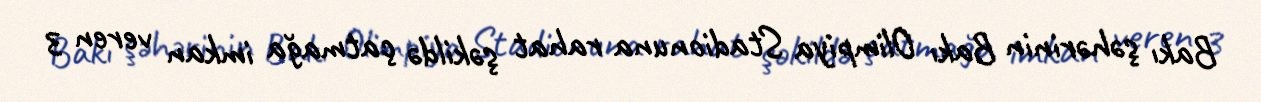
Bakı şəhərinin Bakı Olimpiya Stadionuna rahat şəkildə çatmağa imkan veren 3